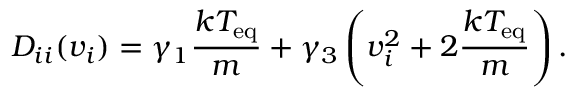
D _ { i i } ( v _ { i } ) = \gamma _ { 1 } \frac { k T _ { \mathrm { e q } } } { m } + \gamma _ { 3 } \left( v _ { i } ^ { 2 } + 2 \frac { k T _ { \mathrm { e q } } } { m } \right) .